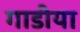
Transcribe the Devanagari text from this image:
गाडीया